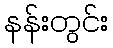
နန်းတွင်း